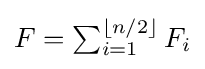
{\textstyle F=\sum _{i=1}^{\lfloor n/2\rfloor }F_{i}}